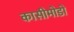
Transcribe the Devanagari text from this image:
कासीमोडो